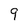
Character: 9